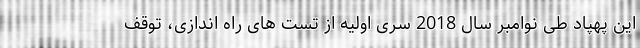
این پهپاد طی نوامبر سال 2018 سری اولیه از تست های راه اندازی، توقف